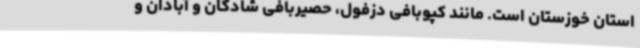
استان خوزستان است. مانند کپوبافی دزفول، حصیربافی شادگان و آبادان و